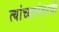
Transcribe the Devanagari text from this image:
त्यांच्यानंतरची